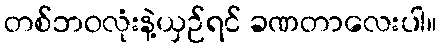
တစ်ဘဝလုံးနဲ့ယှဉ်ရင် ခဏတာလေးပါ။